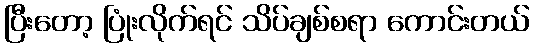
ပြီးတော့ ပြုံးလိုက်ရင် သိပ်ချစ်စရာ ကောင်းတယ်